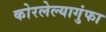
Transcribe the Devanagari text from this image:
कोरलेल्यागुंफा